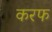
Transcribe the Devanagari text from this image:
करफ